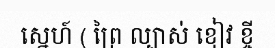
ស្នេហ៍ ( ព្រៃ ល្បាស់ ខៀវ ខ្ចី